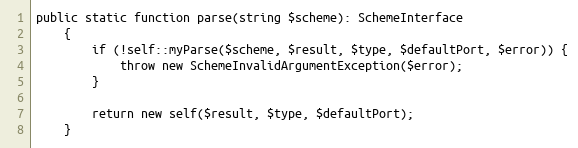
Language: PHP
public static function parse(string $scheme): SchemeInterface
    {
        if (!self::myParse($scheme, $result, $type, $defaultPort, $error)) {
            throw new SchemeInvalidArgumentException($error);
        }

        return new self($result, $type, $defaultPort);
    }